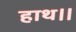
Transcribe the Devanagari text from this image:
हाथ।।